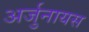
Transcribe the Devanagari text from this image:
अर्जुनायस